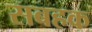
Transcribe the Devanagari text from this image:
सबहक